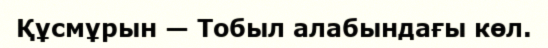
Құсмұрын — Тобыл алабындағы көл.